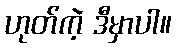
ဟုတ်ကဲ့ ဒီမှာပါ။